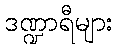
ဒဏ္ဍာရီများ